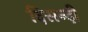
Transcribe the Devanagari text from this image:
दिसन्दी